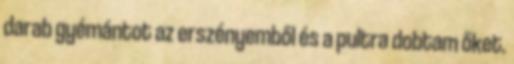
darab gyémántot az erszényemből és a pultra dobtam őket.